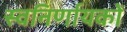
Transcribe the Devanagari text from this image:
स्वनिर्णायकों